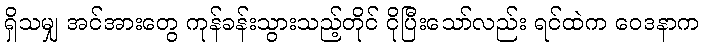
ရှိသမျှ အင်အားတွေ ကုန်ခန်းသွားသည့်တိုင် ငိုပြီးသော်လည်း ရင်ထဲက ဝေဒနာက